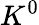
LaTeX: K^{0}